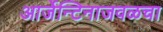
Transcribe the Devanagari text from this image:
आर्जेन्टिनाजवळचा